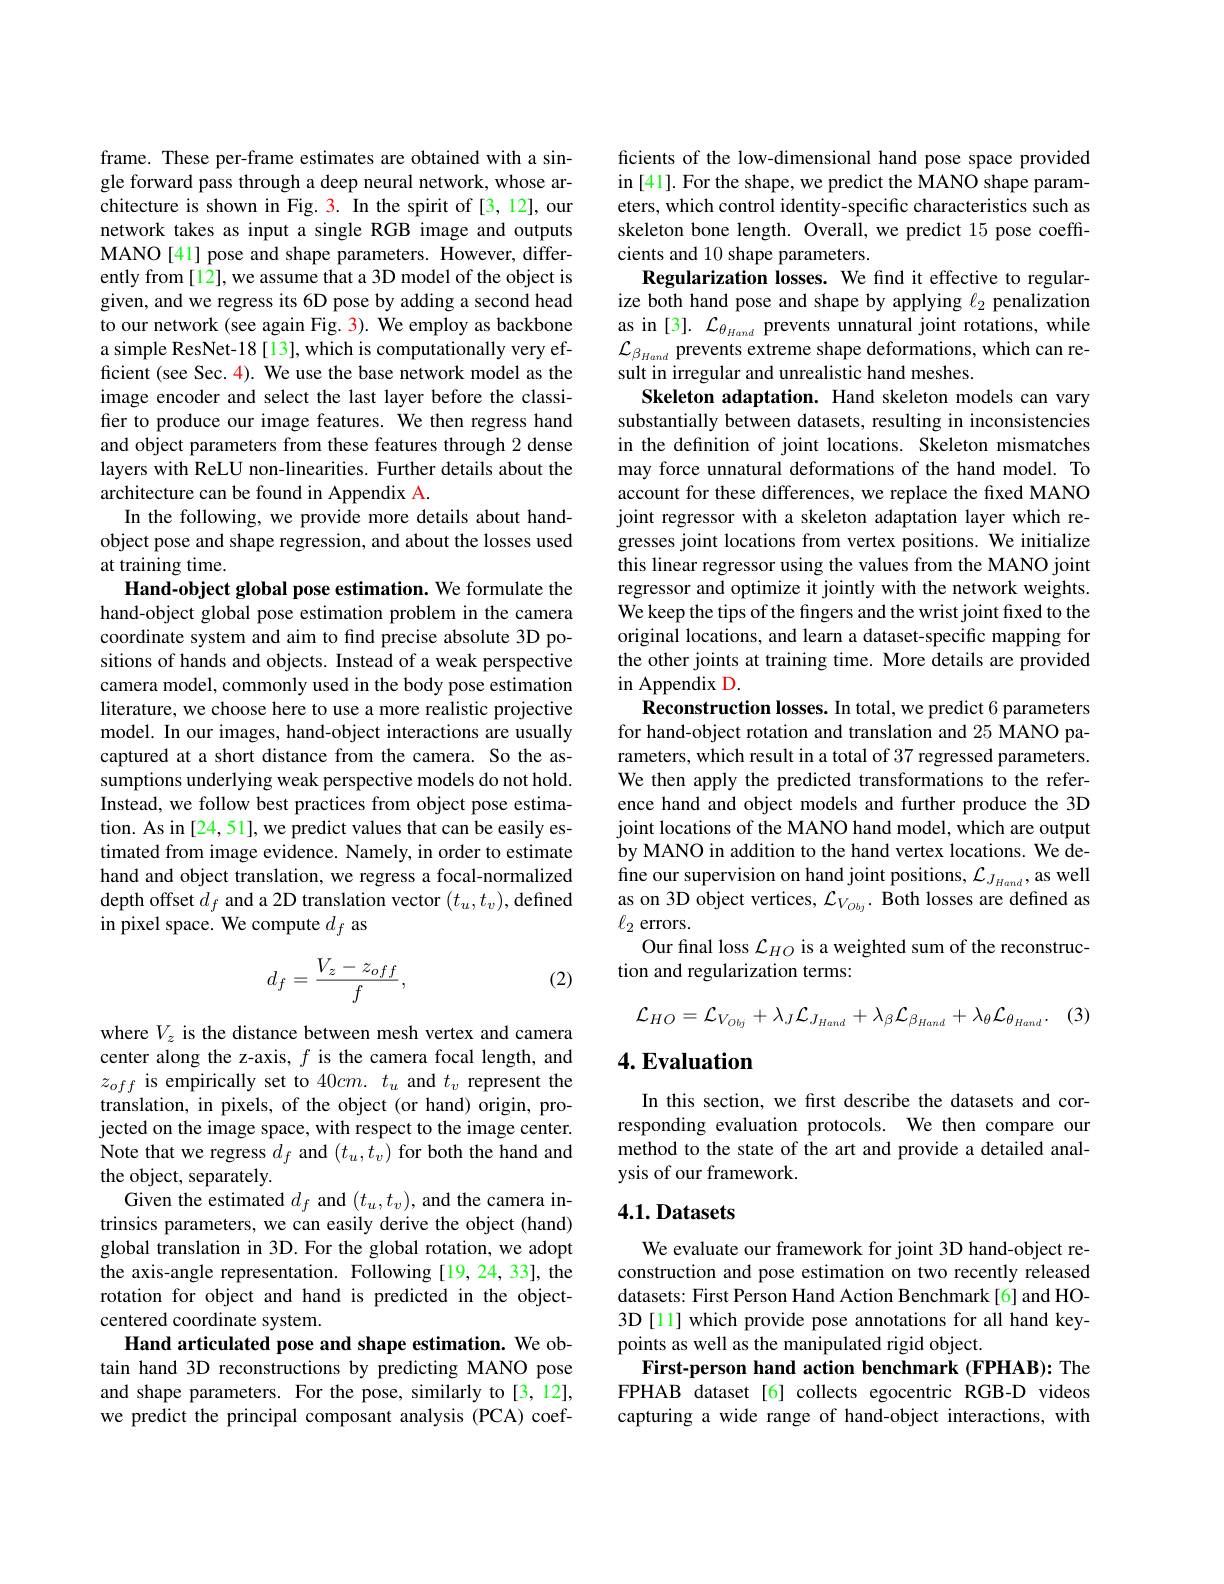
frame. These per-frame estimates are obtained with a single forward pass through a deep neural network, whose architecture is shown in Fig. 3. In the spirit of [3,12], our network takes as input a single RGB image and outputs MANO[41] pose and shape parameters. However, differently from [12], we assume that a 3D model of the object is given, and we regress its 6D pose by adding a second head to our network (see again Fig. 3). We employ as backbone a simple ResNet-18[13], which is computationally very efficient (see Sec. 4). We use the base network model as the image encoder and select the last layer before the classifier to produce our image features. We then regress hand and object parameters from these features through 2 dense layers with ReLU non-linearities. Further details about the architecture can be found in Appendix A.
In the following, we provide more details about handobject pose and shape regression, and about the losses used at training time.
Hand-object global pose estimation. We formulate the hand-object global pose estimation problem in the camera coordinate system and aim to find precise absolute 3D positions of hands and objects. Instead of a weak perspective camera model, commonly used in the body pose estimation literature, we choose here to use a more realistic projective model. In our images, hand-object interactions are usually captured at a short distance from the camera. So the assumptions underlying weak perspective models do not hold. Instead, we follow best practices from object pose estimation. As in [24, 51], we predict values that can be easily estimated from image evidence. Namely, in order to estimate hand and object translation, we regress a focal-normalized depth offset $d_f$ and a 2D translation vector $(t_u,t_v)$,defined in pixel space. We compute $d_f$ as
$$d_f=\frac{V_z-z_{off}}{f},$$
(2)

where $V_z$ is the distance between mesh vertex and camera center along the z-axis, $f$ is the camera focal length, and $z_{off}$ is empirically set to 40cm. $t_u$ and $t_v$ represent the translation, in pixels, of the object (or hand) origin, projected on the image space, with respect to the image center. Note that we regress $d_f$ and $(t_u,t_v)$ for both the hand and the object, separately.
Given the estimated $d_f$ and $(t_u,t_v)$, and the camera intrinsics parameters, we can easily derive the object (hand) global translation in 3D. For the global rotation, we adopt the axis-angle representation. Following [19,24,33], the rotation for object and hand is predicted in the objectcentered coordinate system.
Hand articulated pose and shape estimation. We obtain hand 3D reconstructions by predicting MANO pose and shape parameters. For the pose, similarly to [3,12], we predict the principal composant analysis (PCA) coef-

ficients of the low-dimensional hand pose space provided in [41]. For the shape, we predict the MANO shape parameters, which control identity-specific characteristics such as skeleton bone length. Overall, we predict 15 pose coeffcients and 10 shape parameters.
Regularization losses. We find it effective to regularize both hand pose and shape by applying $\ell_2$ penalization sult in irregular and unrealistic hand meshes.
Skeleton adaptation. Hand skeleton models can vary substantially between datasets, resulting in inconsistencies in the definition of joint locations. Skeleton mismatches may force unnatural deformations of the hand model. To account for these differences, we replace the fxed MANO joint regressor with a skeleton adaptation layer which regresses joint locations from vertex positions. We initialize this linear regressor using the values from the MANO joint regressor and optimize it jointly with the network weights. We keep the tips of the fingers and the wrist joint fixed to the original locations, and learn a dataset-specific mapping for the other joints at training time. More details are provided in Appendix D
Reconstruction losses. In total, we predict 6 parameters for hand-object rotation and translation and 25 MANO parameters, which result in a total of 37 regressed parameters. We then apply the predicted transformations to the reference hand and object models and further produce the 3D joint locations of the MANO hand model, which are output by MANO in addition to the hand vertex locations. We define our supervision on hand joint positions, $\mathcal{L}_J_{Hand}$, as well as on 3D object vertices, $\mathcal{L}_V_{Obj}.$ Both losses are defined as $\ell_{2}$ errors.
Our final loss $\mathcal{L}_{HO}$ is a weighted sum of the reconstruc-
tion and regularization terms:
(3)
$$\mathcal{L}_{HO}=\mathcal{L}_{V_{Obj}}+\lambda_{J}\mathcal{L}_{J_{Hand}}+\lambda_{\beta}\mathcal{L}_{\beta_{Hand}}+\lambda_{\theta}\mathcal{L}_{\theta_{Hand}}.$$
## $4. \textbf{Evaluation}$

In this section, we first describe the datasets and corresponding evaluation protocols. We then compare our method to the state of the art and provide a detailed analysis of our framework.

### 4.1. Datasets

We evaluate our framework for joint 3D hand-object reconstruction and pose estimation on two recently released datasets: First Person Hand Action Benchmark[6] and HO- 3D [11] which provide pose annotations for all hand keypoints as well as the manipulated rigid object.
First-person hand action benchmark (FPHAB): The FPHAB dataset[6] collects egocentric RGB-D videos capturing a wide range of hand-object interactions, with